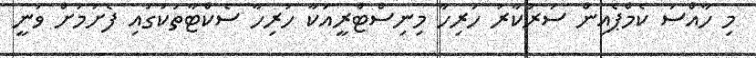
މި ހާއްސަ ކެމްޕެއިން ސަރުކާރު ހުރިހާ މިނިސްޓްރީއަކާ ހުރިހާ ސެކްޓާތަކުގައި ފެށުމަށް ވަނީ